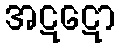
အဋဋော